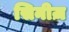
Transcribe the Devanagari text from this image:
सिनीज़